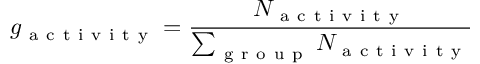
g _ { \mathrm { ~ a ~ c ~ t ~ i ~ v ~ i ~ t ~ y ~ } } = \frac { N _ { \mathrm { ~ a ~ c ~ t ~ i ~ v ~ i ~ t ~ y ~ } } } { \sum _ { \mathrm { ~ g ~ r ~ o ~ u ~ p ~ } } N _ { \mathrm { ~ a ~ c ~ t ~ i ~ v ~ i ~ t ~ y ~ } } }